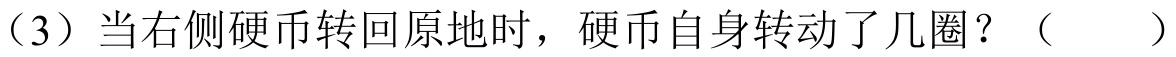
（3）当右侧硬币转回原地时，硬币自身转动了几圈？（  ）